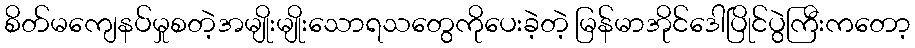
စိတ်မကျေနပ်မှုစတဲ့အမျိုးမျိုးသောရသတွေကိုပေးခဲ့တဲ့ မြန်မာအိုင်ဒေါပြိုင်ပွဲကြီးကတော့